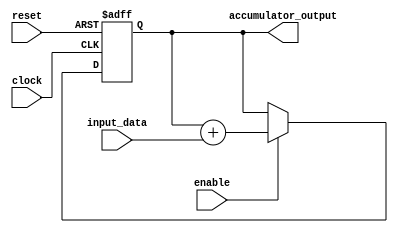
module accumulator (
    input wire clock,
    input wire reset,
    input wire [7:0] input_data,
    input wire enable,
    output reg [15:0] accumulator_output
);

reg [15:0] accumulator;

always @ (posedge clock or posedge reset) begin
    if (reset) begin
        accumulator <= 16'b0;
    end else if (enable) begin
        accumulator <= accumulator + input_data;
    end
end

assign accumulator_output = accumulator;

endmodule